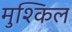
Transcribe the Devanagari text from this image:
मुश्‍किल